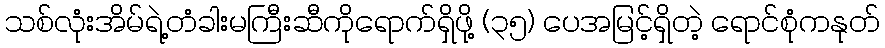
သစ်လုံးအိမ်ရဲ့တံခါးမကြီးဆီကိုရောက်ရှိဖို့ (၃၅) ပေအမြင့်ရှိတဲ့ ရောင်စုံကနုတ်